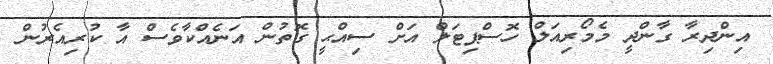
އިންދިރާ ގާންދީ މެމޯރިއަލް ހޮސްޕިޓަލް އަށް ސިއްޙީ ގޮތުން އަނެއްކާވެސް އާާ ކުރިއެރުން